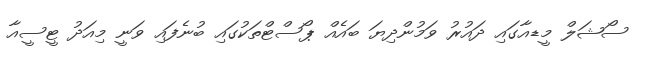
ސޯޝަލް މީޑއާގައި ދައުރު ވަމުންދިޔަ ބައެއް ޕޯސްޓްތަކުގައި ބުނެފައި ވަނީ މިއަދު ޓީސީއާ